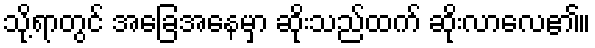
သို့ရာတွင် အခြေအနေမှာ ဆိုးသည်ထက် ဆိုးလာလေ၏။